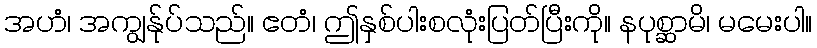
အဟံ၊ အကျွန်ုပ်သည်။ ဧတံ၊ ဤနှစ်ပါးစလုံးပြတ်ပြီးကို။ နပုစ္ဆာမိ၊ မမေးပါ။